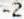
-2